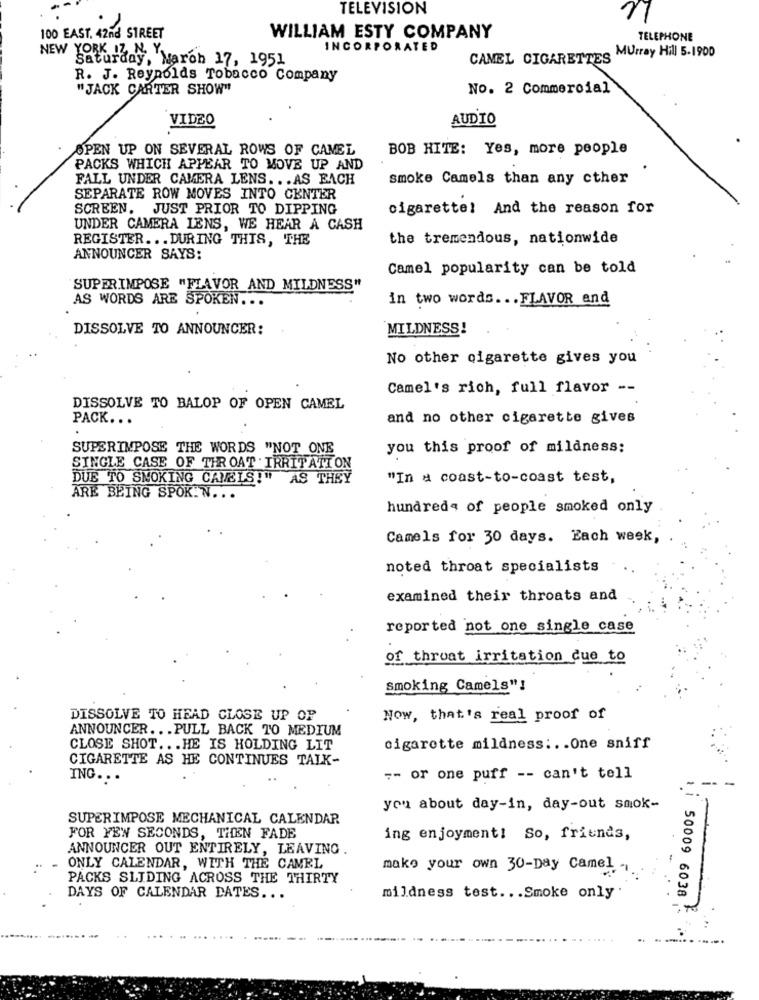
TELEVISION
11
100 EAST. 42nd STREET
WILLIAM ESTY COMPANY
TELEPHONE
INCORPORATED
CAMEL CIGARETTES Murray Hill 5.1900
NEW YORK IZ N. Y.
Saturday, March 17, 1951
R. J. Reynolds Tobacco Company
"JACK CARTER SHOW"
No. 2 Commercial
VIDEO
AUDIO
OPEN UP ON SEVERAL ROWS OF CAMEL
BOB HITE: Yes, more people
PACKS WHICH APPEAR TO MOVE UP AND
FALL UNDER CAMERA LENS ... AS EACH
smoke Camels than any cther
SEPARATE ROW MOVES INTO CENTER
SCREEN. JUST PRIOR TO DIPPING
cigarette! And the reason for
UNDER CAMERA LENS, WE HEAR A CASH
REGISTER ... DURING THIS, THE
the tremendous, nationwide
ANNOUNCER SAYS:
Camel popularity can be told
SUPERIMPOSE "FLAVOR AND MILDNESS"
AS WORDS ARE SPOKEN.
in two words ... FLAVOR and
DISSOLVE TO ANNOUNCER:
MILDNESS!
No other cigarette gives you
Camel's rich, full flavor --
DISSOLVE TO BALOP OF OPEN CAMEL
PACK ...
and no other cigarette gives
SUPERIMPOSE THE WORDS "NOT ONE
you this proof of mildness:
SINGLE CASE OF THROAT IRRITATION
DUE TO SMOKING CAMEIS!" AS THEY
"In a coast-to-coast test,
ARE BEING SPOK.N .. .
hundreds of people smoked only
Camels for 30 days. Each week,
noted throat specialists
examined their throats and
reported not one single case
of throat irritation due to
smoking Camels"!
DISSOLVE TO HEAD CLOSE UP OF
Now, that's real proof of
ANNOUNCER ... PULL BACK TO MEDIUM
CLOSE SHOT ... HE IS HOLDING LIT
cigarette mildness :.. One sniff
CIGARETTE AS HE CONTINUES TALK-
ING. ..
7- or one puff -- can't tell
you about day-in, day-out smok-
SUPERIMPOSE MECHANICAL CALENDAR
FOR FEW SECONDS, THEN FADE
ing enjoyment! So, friends,
ANNOUNCER OUT ENTIRELY, LEAVING
ONLY CALENDAR, WITH THE CAMEL
make your own 30-Day Camel -
PACKS SLIDING ACROSS THE THIRTY
DAYS OF CALENDAR DATES ...
mildness test ... Smoke only
50009 6038